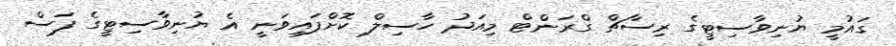
ގައުމީ ޔުނިވާސިޓީގެ ރިސާޗް ގްރަންޓް މިއަދު ހާސިލް ކޮށްފައިވަނީ އެ ޔުނިވާސިޓީގެ ފަސް